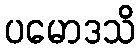
ပမောဒသိ